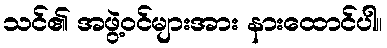
သင်၏ အဖွဲ့ဝင်များအား နားထောင်ပါ။